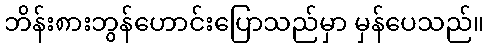
ဘိန်း၈ားဘွန်ဟောင်းပြောသည်မှာ မှန်ပေသည်။